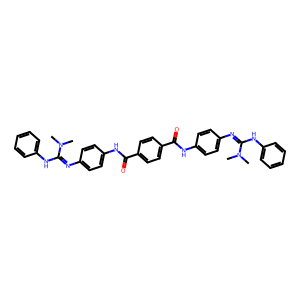
SMILES: CN(C)C(=Nc1ccc(NC(=O)c2ccc(C(=O)Nc3ccc(N=C(Nc4ccccc4)N(C)C)cc3)cc2)cc1)Nc1ccccc1
Inhibits HIV replication: No